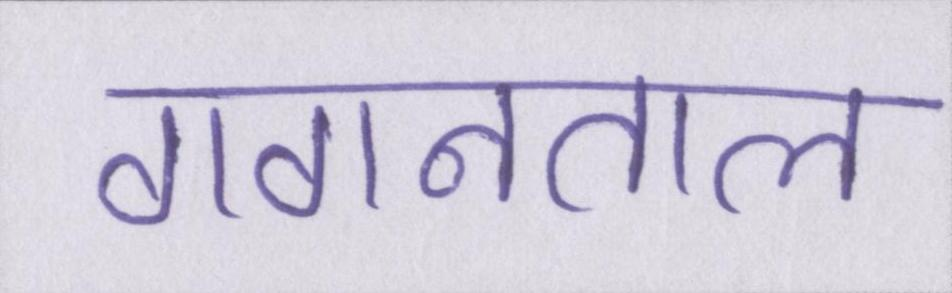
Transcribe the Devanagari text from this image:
गगनताल